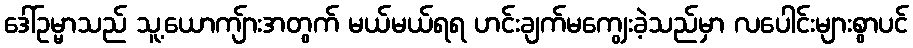
ဒေါ်ဥမ္မာသည် သူ့ယောကျ်ားအတွက် မယ်မယ်ရရ ဟင်းချက်မကျွေးခဲ့သည်မှာ လပေါင်းများစွာပင်